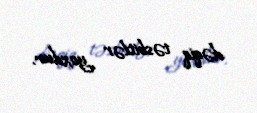
dəqiq təsbitlər yoxdur.